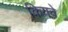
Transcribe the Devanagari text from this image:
कियवे